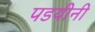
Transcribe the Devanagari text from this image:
पडयीनी